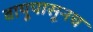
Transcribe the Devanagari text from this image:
वायूपासूनच